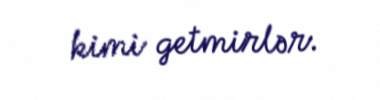
kimi getmirlər.